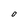
Character: 0